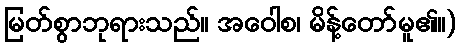
မြတ်စွာဘုရားသည်။ အဝေါစ၊ မိန့်တော်မူ၏။)